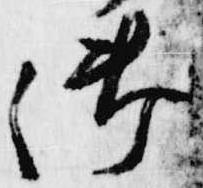
御